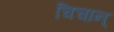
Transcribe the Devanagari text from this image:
चिचान्